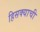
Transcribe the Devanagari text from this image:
हिसक्याची